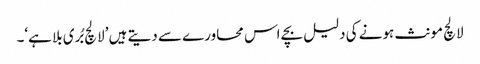
لالچ مونث ہونے کی دلیل بچے اس محاورے سے دیتے ہیں ’لالچ بُری بلا ہے‘۔